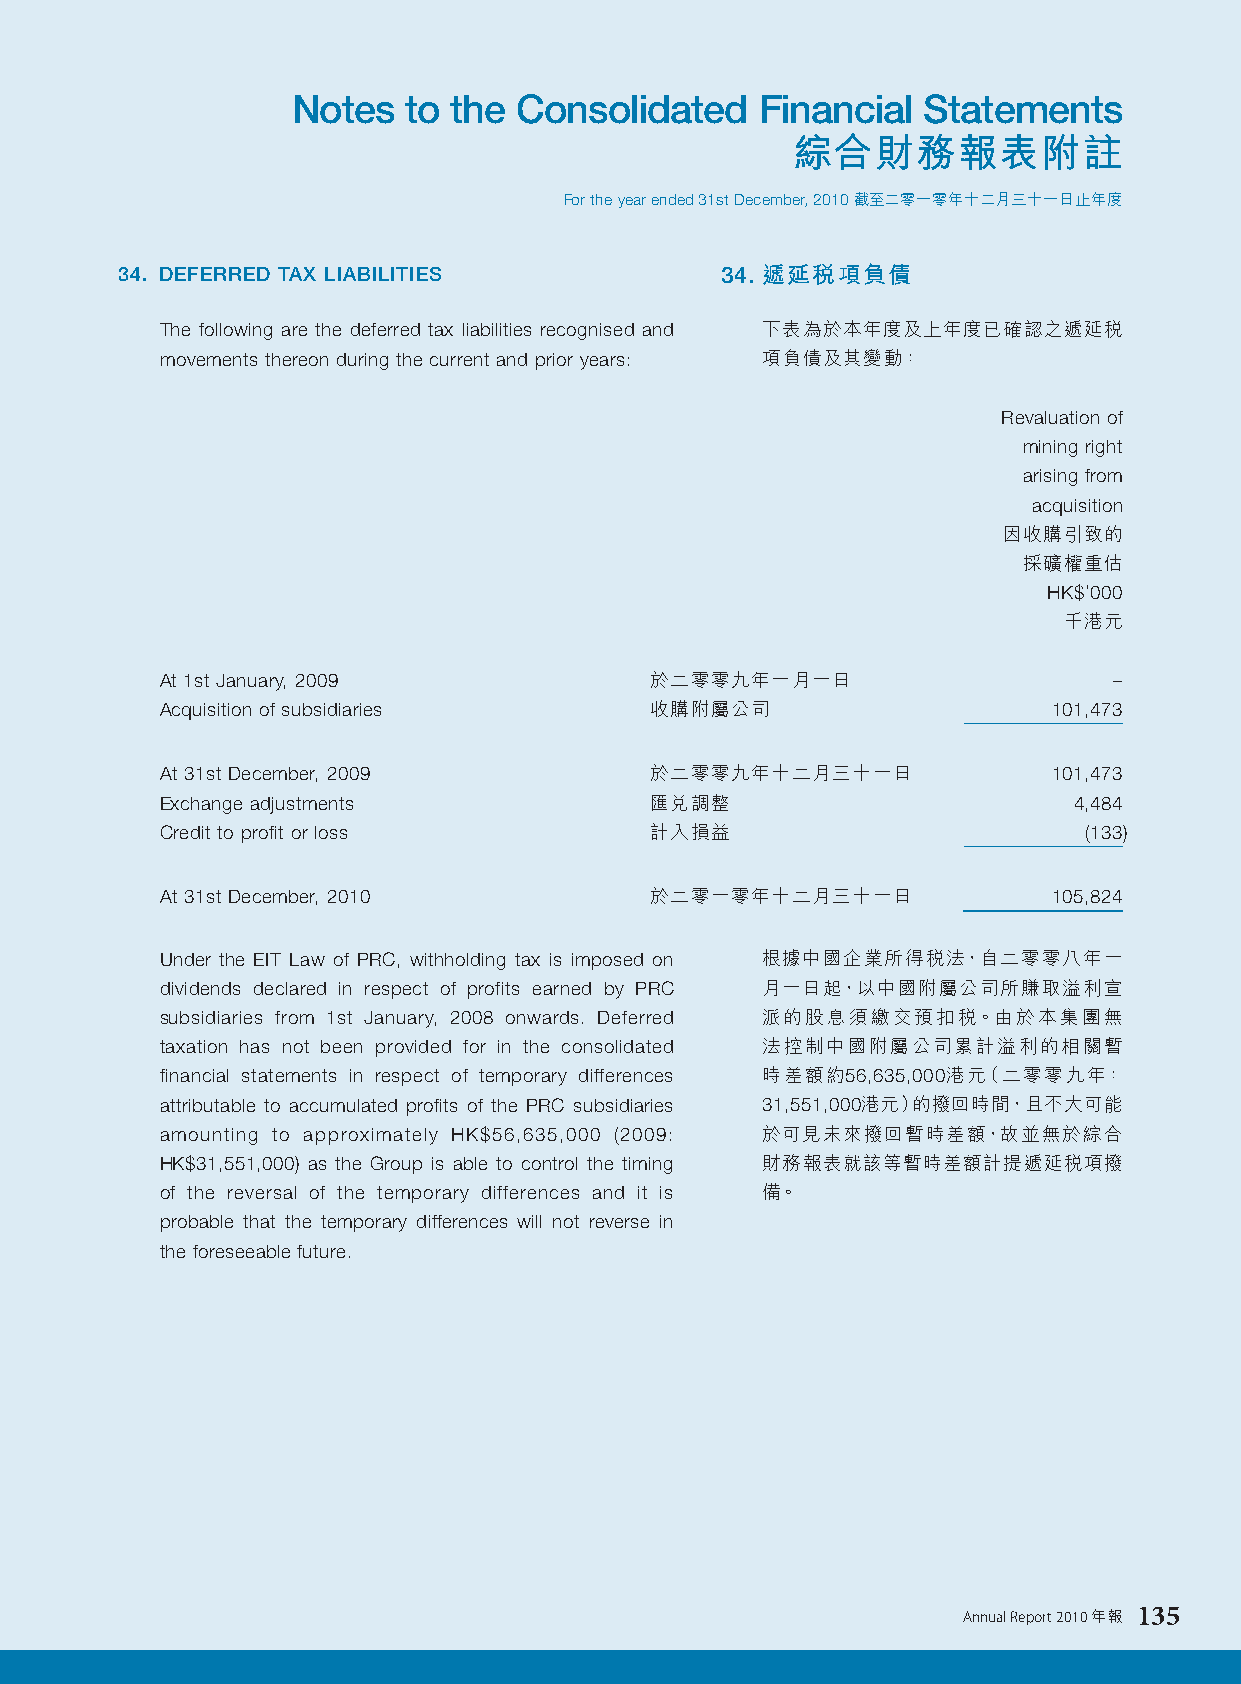
Notes   to the Consolidated    Financial  Statements
 綜合財務報表附註
 For the year ended 31st December, 2010 截至二零一零年十二月三十一日止年度
 34. DEFERRED TAX LIABILITIES            34. 遞延稅項負債
 The following are the deferred tax liabilities recognised and 下表為於本年度及上年度已確認之遞延稅
 movements thereon during the current and prior years: 項負債及其變動：
 Revaluation of
 mining right
 arising from
 acquisition
 因收購引致的
 採礦權重估
 HK$’000
 千港元
 At 1st January, 2009            於二零零九年一月一日                     –
 Acquisition of subsidiaries     收購附屬公司                     101,473
 At 31st December, 2009          於二零零九年十二月三十一日              101,473
 Exchange adjustments            匯兌調整                        4,484
 Credit to profit or loss        計入損益                         (133)
 At 31st December, 2010          於二零一零年十二月三十一日              105,824
 Under the EIT Law of PRC, withholding tax is imposed on 根據中國企業所得稅法，自二零零八年一
 dividends declared in respect of profits earned by PRC 月一日起，以中國附屬公司所賺取溢利宣
 subsidiaries from 1st January, 2008 onwards. Deferred 派的股息須繳交預扣稅。由於本集團無
 taxation has not been provided for in the consolidated 法控制中國附屬公司累計溢利的相關暫
 financial statements in respect of temporary differences 時差額約56,635,000港元（二零零九年：
 attributable to accumulated profits of the PRC subsidiaries 31,551,000港元）的撥回時間，且不大可能
 amounting to approximately HK$56,635,000 (2009: 於可見未來撥回暫時差額，故並無於綜合
 HK$31,551,000) as the Group is able to control the timing 財務報表就該等暫時差額計提遞延稅項撥
 of the reversal of the temporary differences and it is 備。
 probable that the temporary differences will not reverse in
 the foreseeable future.
 Annual Report 2010 年報 135